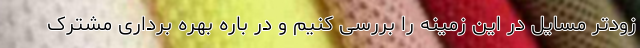
زودتر مسایل در این زمینه را بررسی کنیم و در باره بهره برداری مشترک